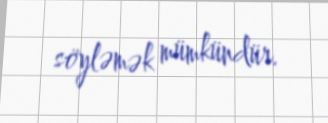
söyləmək mümkündür.